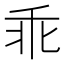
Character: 乖